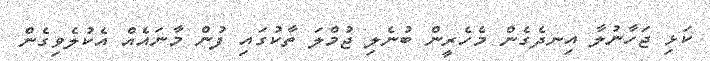
ކަޅި ޖަހާނުލާ އިނދެގެން މެހެރީން ބުނެލި ޖުމްލަ ތާކުގައި ފުން މާނައެއް އެކުލެވިގެން